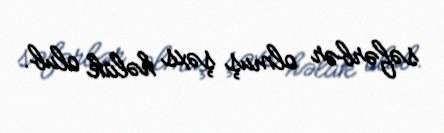
səfərbər olmuş şəxs həlak olub.